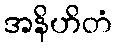
အနိဟိတံ